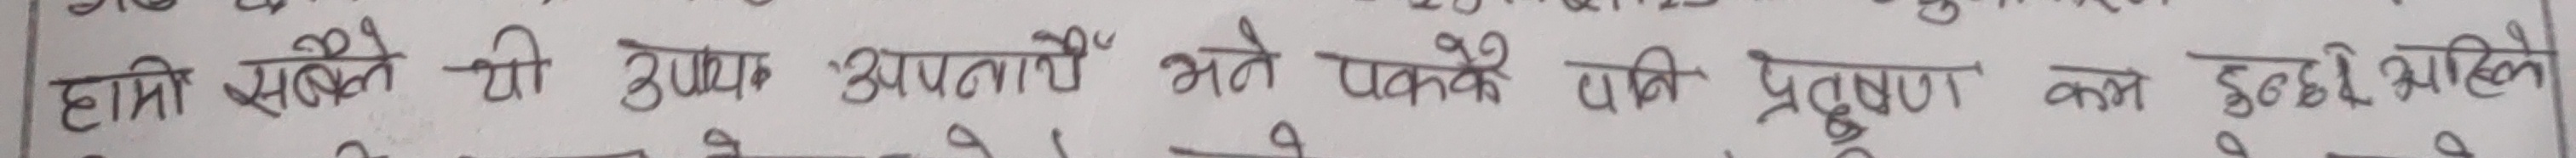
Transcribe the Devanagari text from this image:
हामी सबैले यी उपाय अपनायौँ भने पक्कै पानि प्रदुषण कम हुन्छ अहिले।